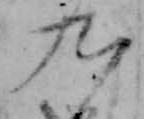
九